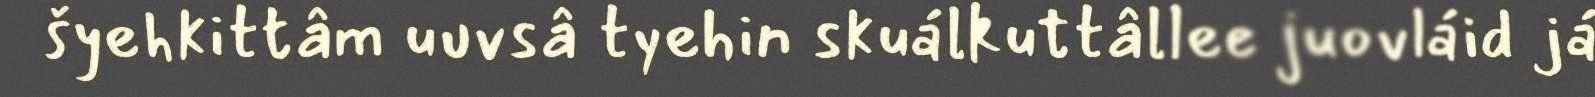
šyehkittâm uuvsâ tyehin skuálkuttâllee juovláid já